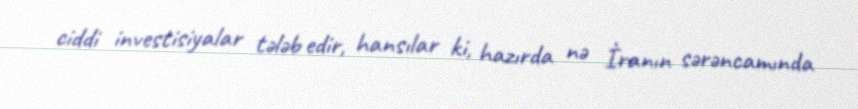
ciddi investisiyalar tələb edir, hansılar ki, hazırda nə İranın sərəncamında